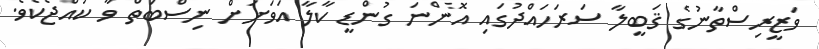
ވަޒީރިސްތާނުގެ ޤަބީލާ ސަރަހައްދުގައި އޮންނަ ގުންޑީ ކާލާ އަވަށަށް ނިސްބަތް ވާ ކުއްޖެކެވެ.